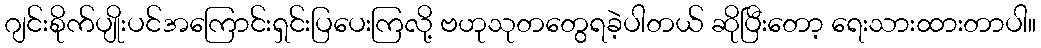
ဂျင်းစိုက်ပျိုးပင်အကြောင်းရှင်းပြပေးကြလို့ ဗဟုသုတတွေရခဲ့ပါတယ် ဆိုပြီးတော့ ရေးသားထားတာပါ။